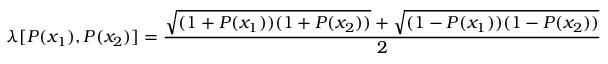
\lambda [ P ( x _ { 1 } ) , P ( x _ { 2 } ) ] = \frac { \sqrt { ( 1 + P ( x _ { 1 } ) ) ( 1 + P ( x _ { 2 } ) ) } + \sqrt { ( 1 - P ( x _ { 1 } ) ) ( 1 - P ( x _ { 2 } ) ) } } { 2 } \nonumber